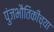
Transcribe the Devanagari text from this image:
पुंजभौतिकीच्या